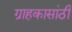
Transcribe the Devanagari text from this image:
ग्राहकासांठी